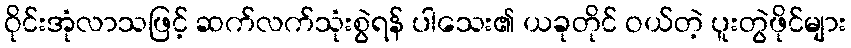
ဝိုင်းအုံလာသဖြင့် ဆက်လက်သုံးစွဲရန် ပါသေး၏ ယခုတိုင် ဝယ်တဲ့ ပူးတွဲဖိုင်များ